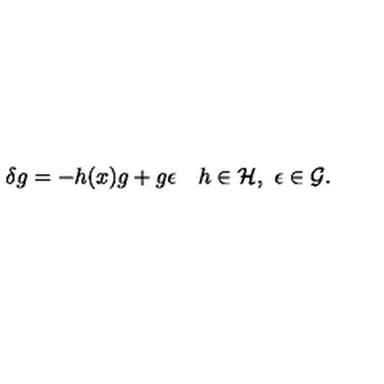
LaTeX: \delta g = - h ( x ) g + g \epsilon \quad h \in { \cal H } , \ \epsilon \in { \cal G } .